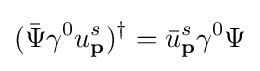
({\bar {\Psi }}\gamma ^{0}u_{\textbf {p}}^{s})^{\dagger }={\bar {u}}_{\textbf {p}}^{s}\gamma ^{0}\Psi